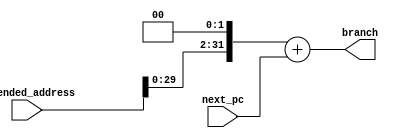
module branch_control(
    input wire [31:0] extended_address,
    input wire [31:0] next_pc,
    output wire [31:0] branch
);
    assign branch = (extended_address << 2) + next_pc;
endmodule